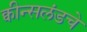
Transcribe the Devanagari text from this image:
क्वीन्सलंडचे